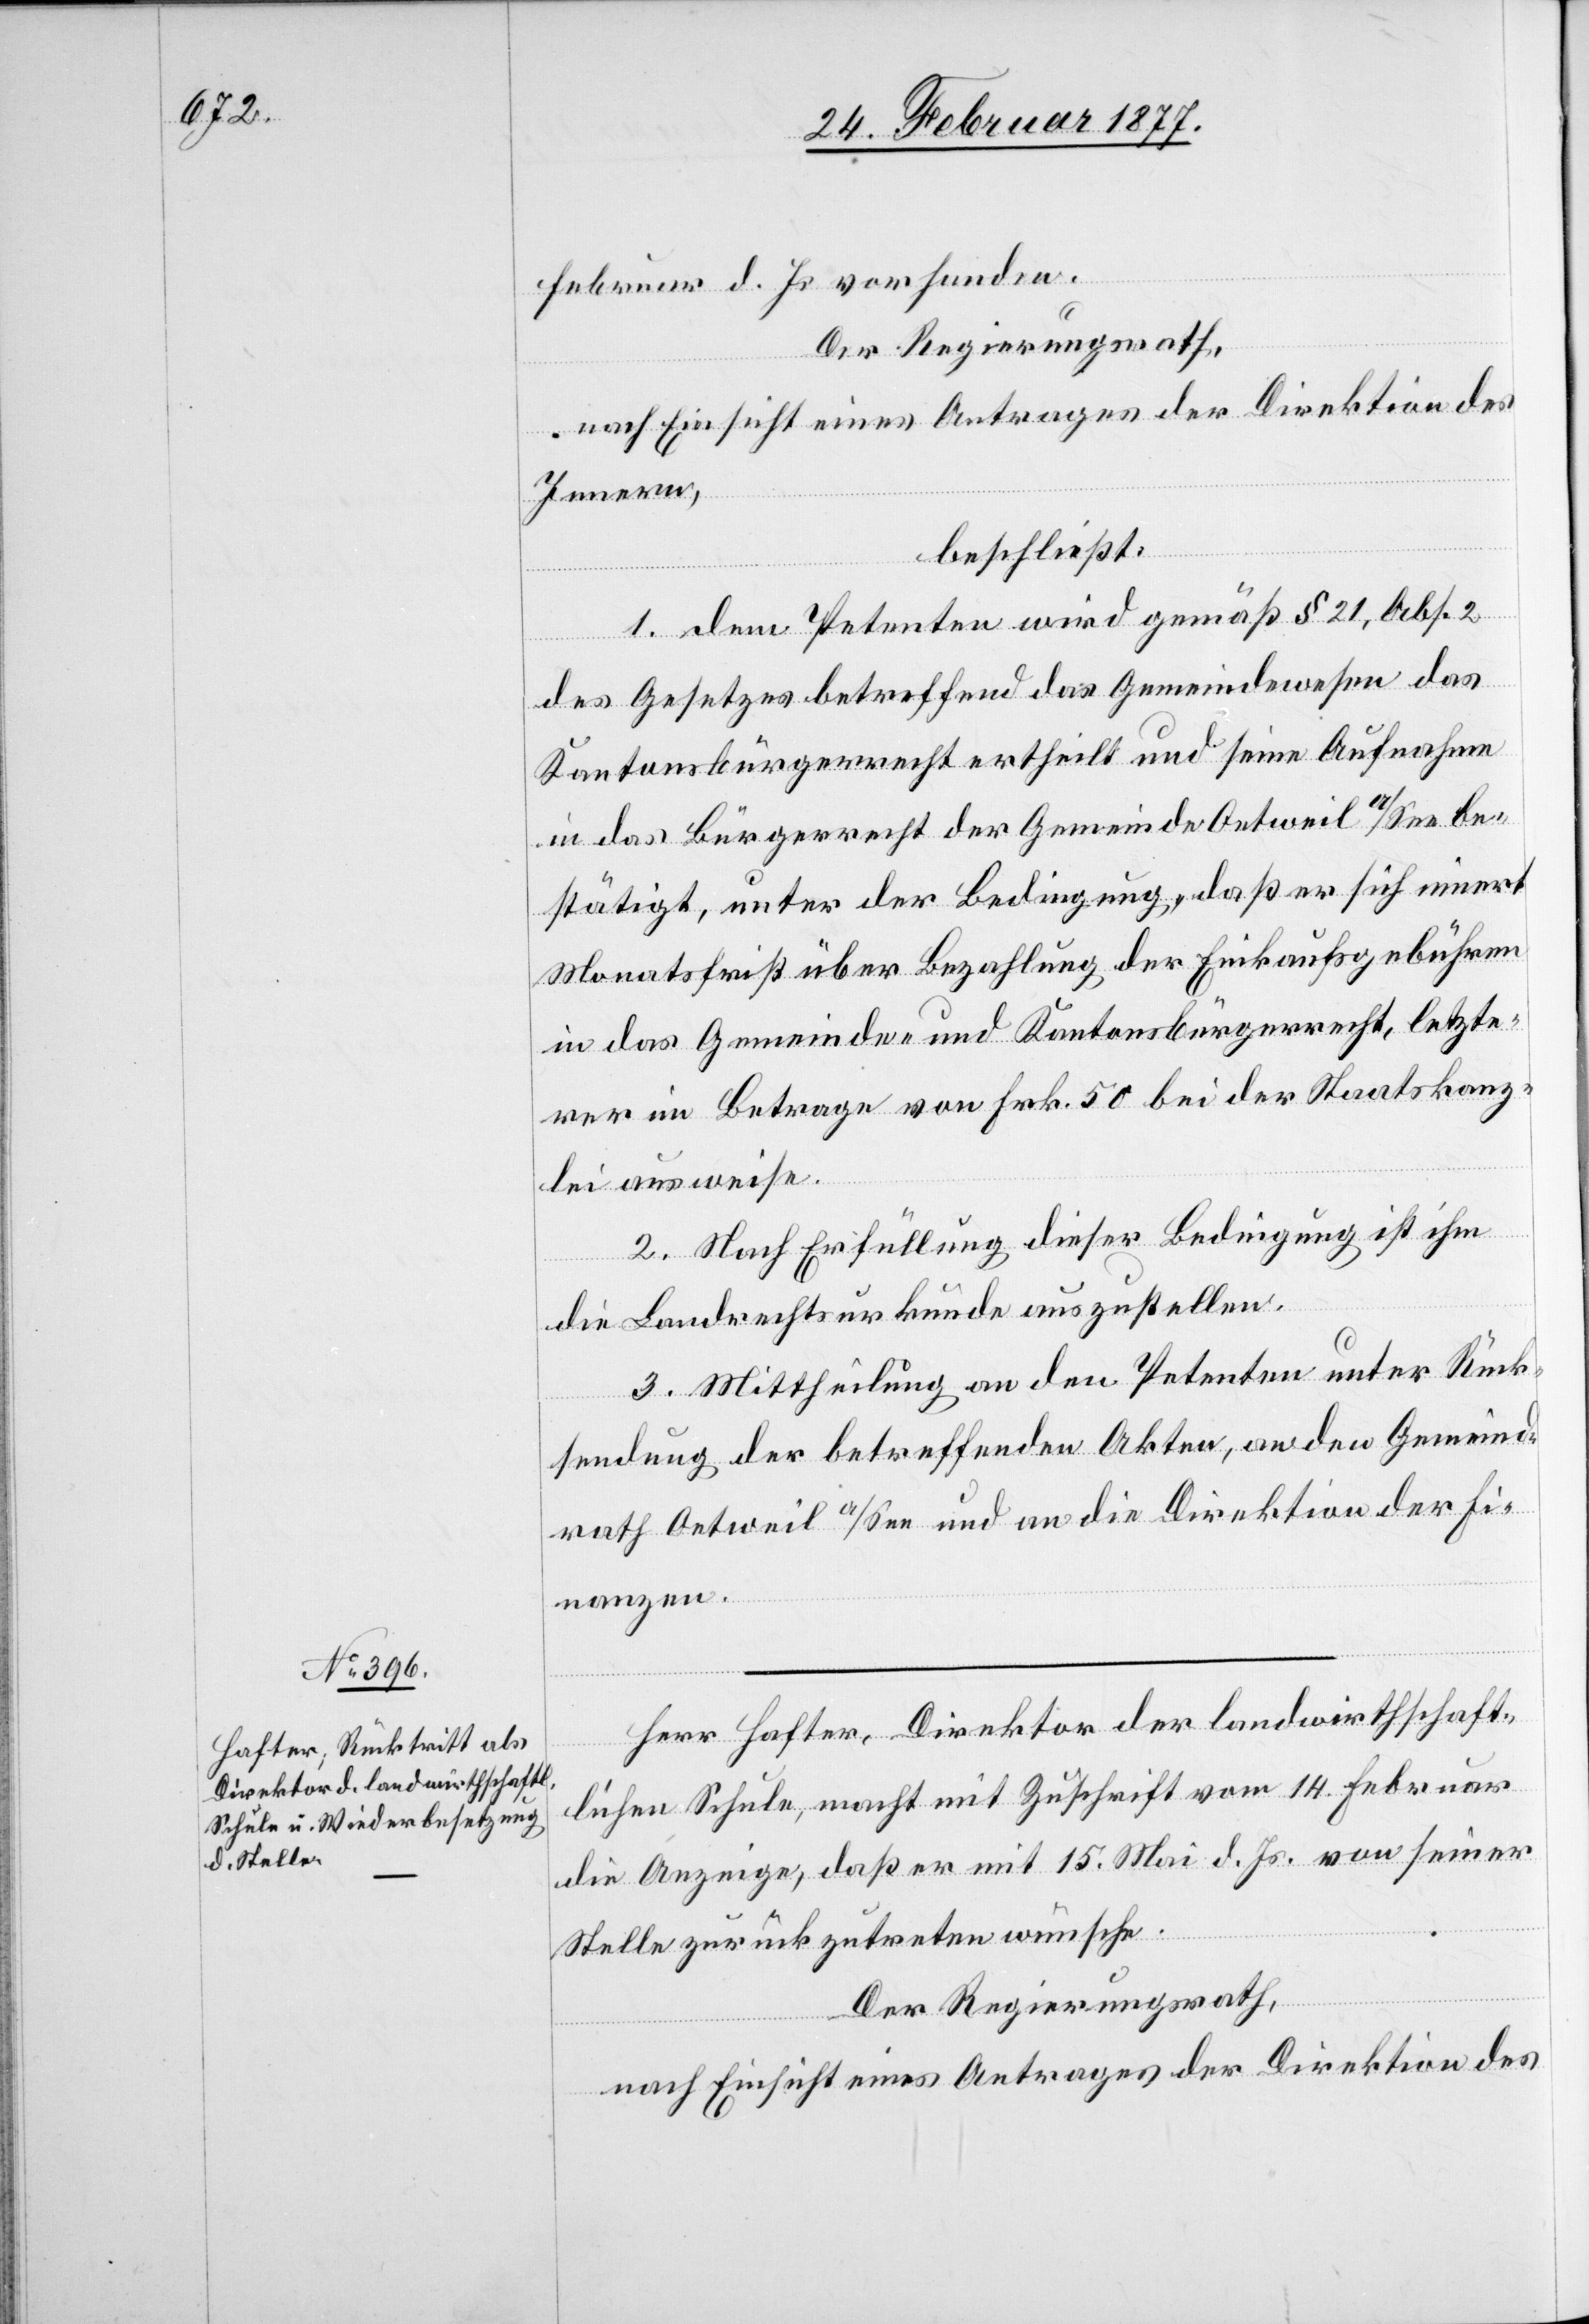
Februar d. Js. vorhanden.
Der Regierungsrath,
nach Einsicht eines Antrages der Direktion des
Innern,
beschließt:
1. Dem Petenten wird gemäß § 21, Abs. 2
des Gesetzes betreffend das Gemeindewesen das
Kantonsbürgerrecht ertheilt und seine Aufnahme
in das Bürgerrecht der Gemeinde Oetweil a/See be¬
stätigt, unter der Bedingung, daß er sich innert
Monatsfrist über Bezahlung der Einkaufsgebühren
in das Gemeinde- und Kantonsbürgerrecht, letzte¬
re im Betrage von Frk. 50 bei der Staatskanz¬
lei ausweise.
2. Nach Erfüllung dieser Bedingung ist ihm
die Landrechtsurkunde auszustellen.
3. Mittheilung an den Petenten unter Rück¬
sendung der betreffenden Akten, an den Gemeind¬
rath Oetweil a/See und an die Direktion der Fi¬
nanzen.
Herr Hafter, Direktor der landwirthschaft¬
lichen Schule, macht mit Zuschrift vom 14. Februar
die Anzeige, daß er mit 15. Mai d. Js. von seiner
Stelle zurückzutreten wünsche.
Der Regierungsrath,
nach Einsicht eines Antrages der Direktion des